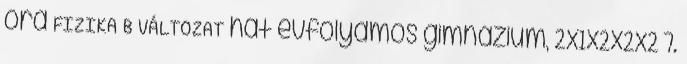
óra FIZIKA B VÁLTOZAT hat évfolyamos gimnázium, 2x1x2x2x2 7.